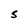
Character: S